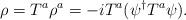
LaTeX: \begin{align*}\rho={ T}^a \rho^a=-i{ T}^a(\psi^\dagger { T}^a\psi).\end{align*}